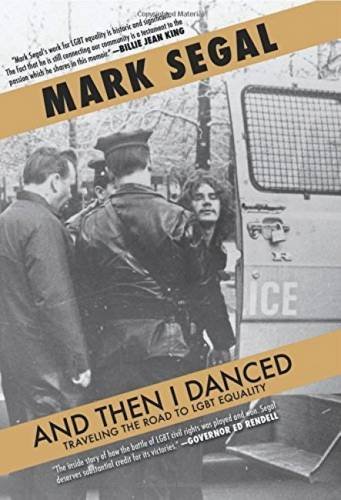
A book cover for And Then I Danced: Traveling the Road to LGBT Equality; Mark Segal; Gay & Lesbian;